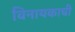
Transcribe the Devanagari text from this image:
विनायकाची